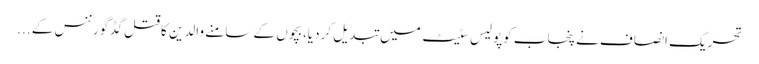
تحریک انصاف نے پنجاب کوپولیس سٹیٹ میں تبدیل کردیا،بچوں کے سامنے والدین کاقتل گڈگورننس کے ...